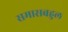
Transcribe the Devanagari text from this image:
समासबहुल